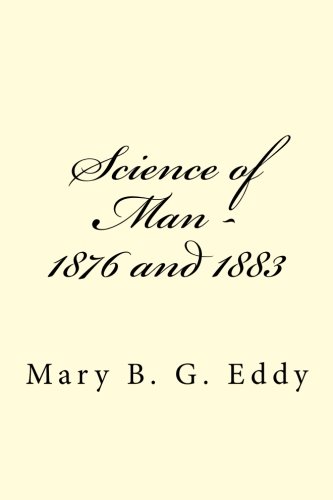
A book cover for Science of Man - 1876 and 1883; Mrs. Mary B.G. Eddy; Christian Books & Bibles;